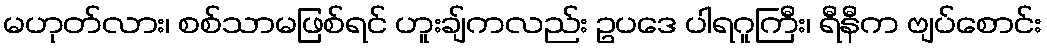
မဟုတ်လား၊ စစ်သာမဖြစ်ရင် ဟူးချ်ကလည်း ဥပဒေ ပါရဂူကြီး၊ ရီနီက ဗျပ်စောင်း